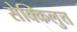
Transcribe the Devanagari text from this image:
सेक्किलुत्त